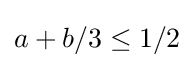
a+b/3\leq 1/2